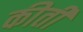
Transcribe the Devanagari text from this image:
कीती